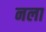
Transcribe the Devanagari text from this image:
नला